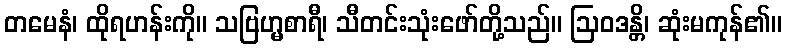
တမေနံ၊ ထိုရဟန်းကို။ သဗြဟ္မစာရီ၊ သီတင်းသုံးဖော်တို့သည်။ ဩဝဒန္တိ၊ ဆုံးမကုန်၏။